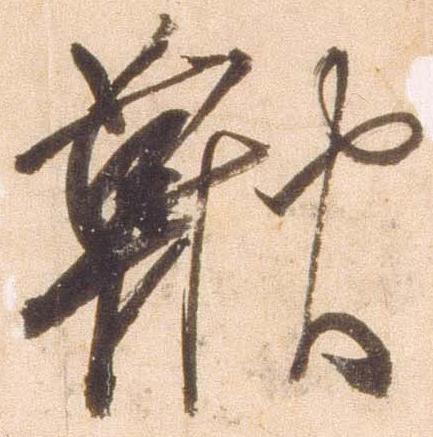
鞦